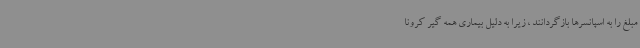
مبلغ را به اسپانسرها بازگردانند ، زیرا به دلیل بیماری همه گیر کرونا